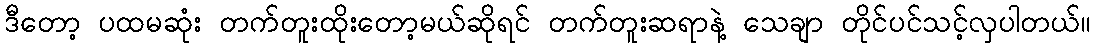
ဒီတော့ ပထမဆုံး တက်တူးထိုးတော့မယ်ဆိုရင် တက်တူးဆရာနဲ့ သေချာ တိုင်ပင်သင့်လှပါတယ်။